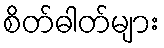
စိတ်ဓါတ်များ